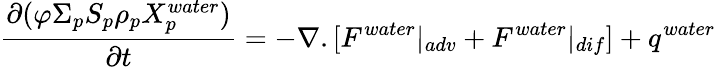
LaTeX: \frac{\partial(\varphi\Sigma_{p}S_{p}\rho_{p}X_{p}^{water})}{\partial t}=-\nabla.[F^{water}|_{adv}+F^{water}|_{dif}]+q^{water}